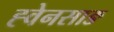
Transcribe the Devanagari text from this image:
ह्वेनसाङ